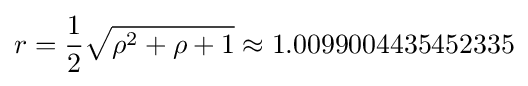
r={\frac {1}{2}}{\sqrt {\rho ^{2}+\rho +1}}\approx 1.0099004435452335